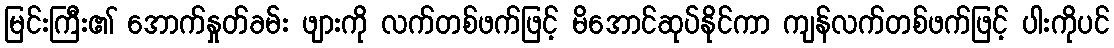
မြင်းကြီး၏ အောက်နှုတ်ခမ်း ဖျားကို လက်တစ်ဖက်ဖြင့် မိအောင်ဆုပ်နိုင်ကာ ကျန်လက်တစ်ဖက်ဖြင့် ပါးကိုပင်